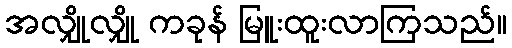
အလျှိုလျှို ကခုန် မြူးထူးလာကြသည်။